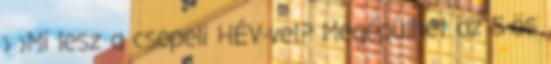
› ›Mi lesz a csepeli HÉV-vel? Megépülhet az 5-ös